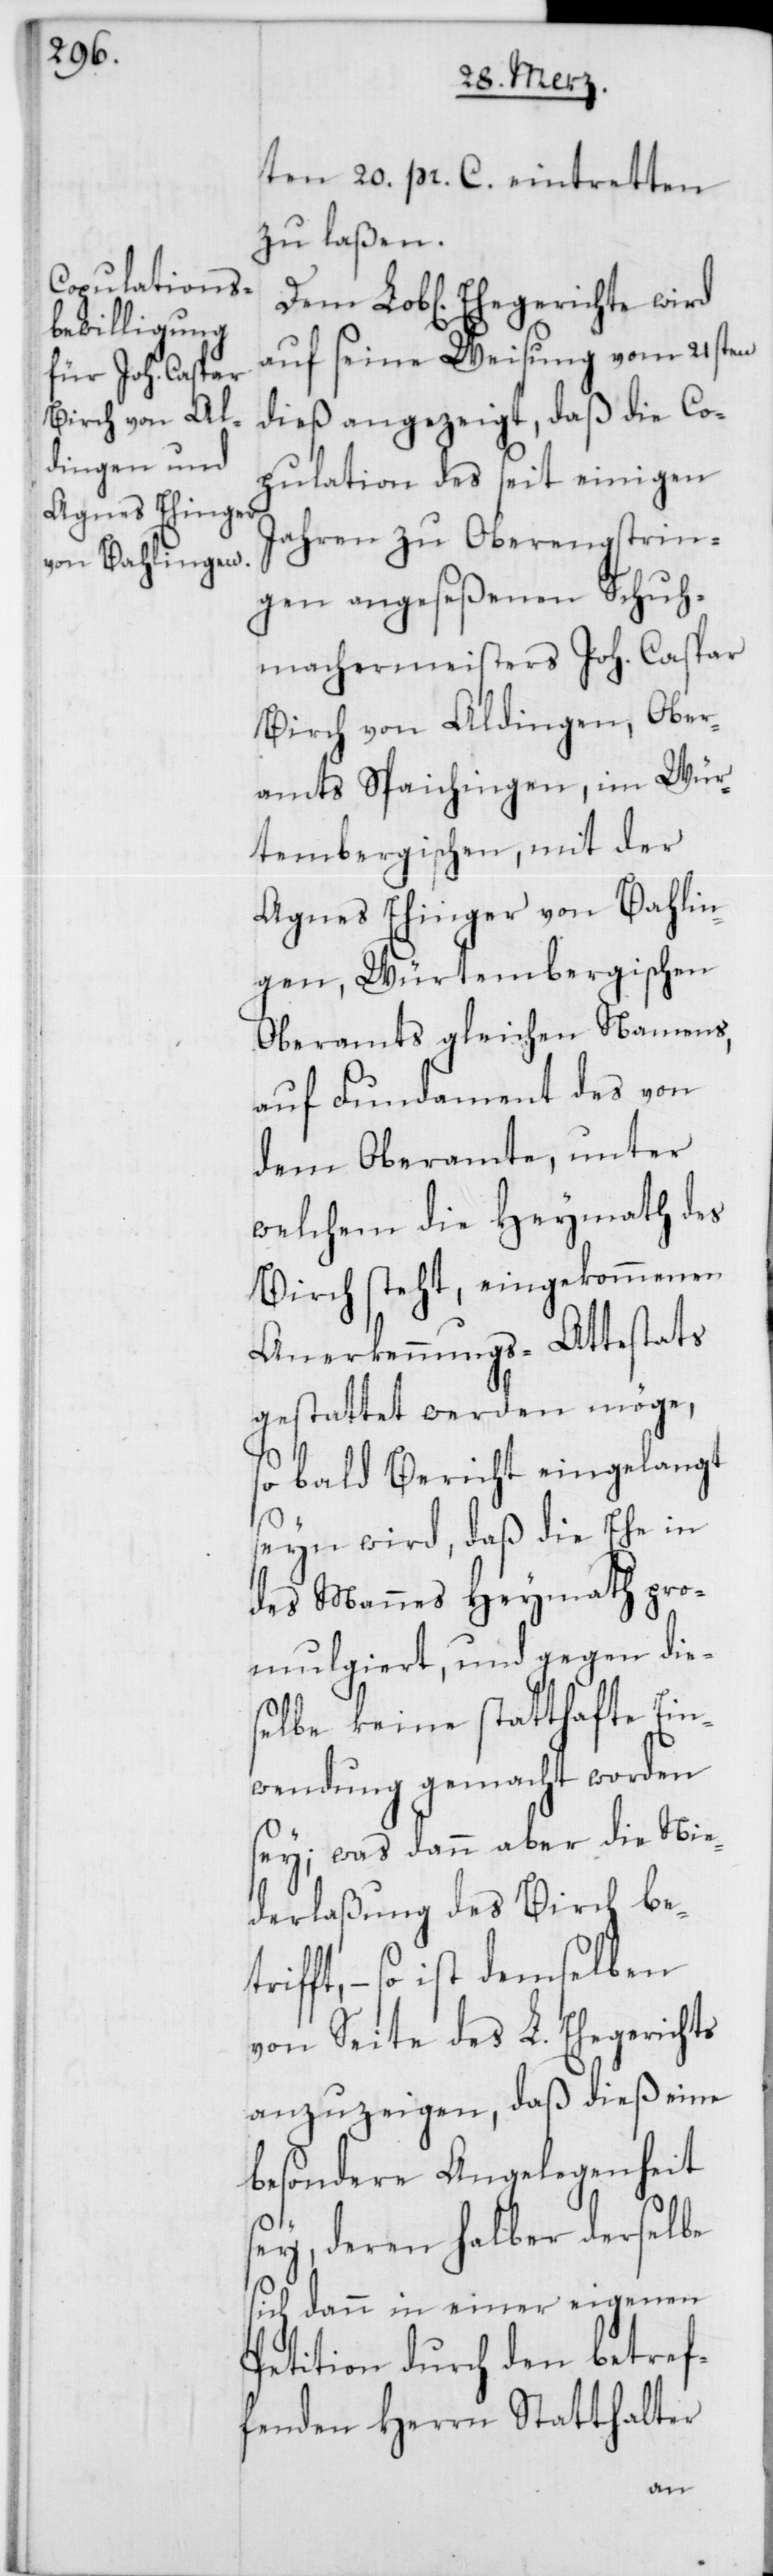
ten 20. pr. C. eintretten
zu laßen.
auf seine Weisung vom 21sten
dieß angezeigt, daß die Co¬
pulation des seit einigen
Jahren zu Oberengstrin¬
gen angeseßenen Schuh¬
machermeisters Joh. Caspar
Birch von Aldingen, Ober¬
amts Spaichingen im Wür¬
tembergischen, mit der
Agnes Ehinger von Bahlin¬
gen, Würtembergischen
Oberamts gleichen Namens,
auf Fundament des von
dem Oberamte, unter
welchem die Heymath des
Birch steht, eingekommenen
Anerkennungs-Attestats
gestattet werden möge,
so bald Bericht eingelangt
seyn wird, daß die Ehe in
des Mannes Heymath pro¬
mulgiert, und gegen die¬
selbe keine statthafte Ein¬
wendung gemacht worden
sey; was dann aber die Nie¬
derlaßung des Birch be¬
fft, – so ist demselben
von Seite des L. Ehegerichts
anzuzeigen, daß dieß eine
besondere Angelegenheit
sey, deren halber derselbe
sich dann in einer eigenen
Petition durch den betref¬
fenden Herrn Statthalter
tri¬